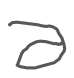
Text: a
Cross-out: clean
Writing tool: digital_gray